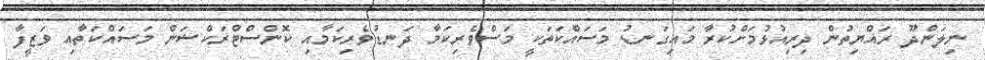
ނިލަންދޫ ރައްޔިތުން ދިރިއުޅުމަށްކުރާ މައިގަނޑު މަސައްކަތަކީ މަސްވެރިކަމާ ދަނޑުވެރިކަމާއި ކޮންސްޓްރަކްޝަން މަސައްކަތާއި ވަޒީފާ